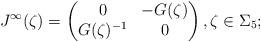
LaTeX: \begin{align*} J^{\infty}(\zeta) = \begin{pmatrix}0 & - G(\zeta) \\ G(\zeta)^{-1} & 0\end{pmatrix},\zeta\in\Sigma_5;\end{align*}